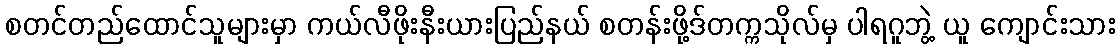
စတင်တည်ထောင်သူများမှာ ကယ်လီဖိုးနီးယားပြည်နယ် စတန်းဖို့ဒ်တက္ကသိုလ်မှ ပါရဂူဘွဲ့ ယူ ကျောင်းသား